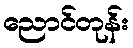
ညောင်တုန်း